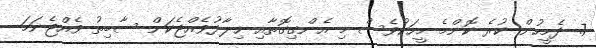
7. ދެމީހުން ކުރެ ކޮންމެ މީހަކުވެސް މި އެންގިގޮތާއި ޚިލާފުވެއްޖެކަން ސާބިތު ވެއްޖެނަމަ